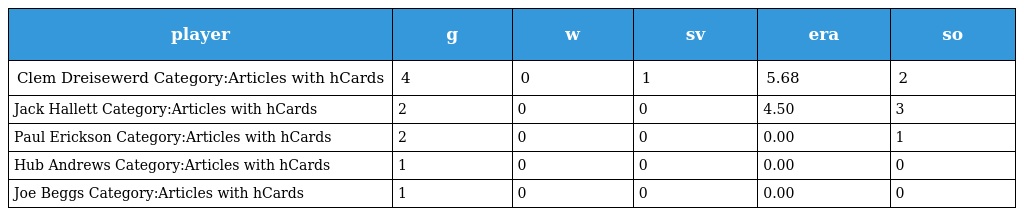
| player | g | w | sv | era | so |
 | --- | --- | --- | --- | --- | --- |
 | Clem Dreisewerd Category:Articles with hCards | 4 | 0 | 1 | 5.68 | 2 |
 | Jack Hallett Category:Articles with hCards | 2 | 0 | 0 | 4.50 | 3 |
 | Paul Erickson Category:Articles with hCards | 2 | 0 | 0 | 0.00 | 1 |
 | Hub Andrews Category:Articles with hCards | 1 | 0 | 0 | 0.00 | 0 |
 | Joe Beggs Category:Articles with hCards | 1 | 0 | 0 | 0.00 | 0 |